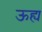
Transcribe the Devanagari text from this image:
ऊह्य